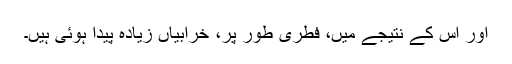
اور اس کے نتیجے میں، فطری طور پر، خرابیاں زیادہ پیدا ہوئی ہیں۔